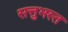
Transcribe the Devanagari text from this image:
सत्तुभस्त